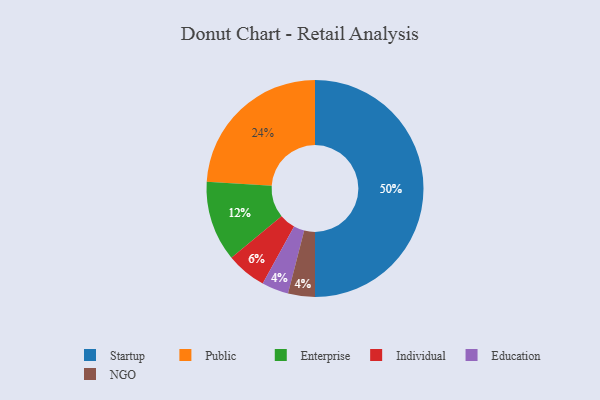
{"axis": {"x": "Category", "y": "Percentage"}, "legend": ["Education", "Enterprise", "Individual", "NGO", "Public", "Startup"], "data": [{"x": "Education", "y": 4, "type": "Education"}, {"x": "Public", "y": 24, "type": "Public"}, {"x": "Individual", "y": 6, "type": "Individual"}, {"x": "NGO", "y": 4, "type": "NGO"}, {"x": "Startup", "y": 50, "type": "Startup"}, {"x": "Enterprise", "y": 12, "type": "Enterprise"}]}